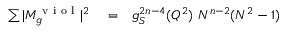
\begin{array} { r l r } { \sum \vert M _ { g } ^ { \mathrm { ~ v ~ i ~ o ~ l ~ } } \vert ^ { 2 } } & { { } = } & { g _ { S } ^ { 2 n - 4 } ( Q ^ { 2 } ) ~ N ^ { n - 2 } ( N ^ { 2 } - 1 ) } \end{array}